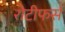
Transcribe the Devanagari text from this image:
रोटीफर्स